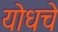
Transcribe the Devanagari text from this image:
योधचे